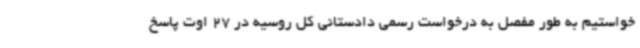
خواستیم به طور مفصل به درخواست رسمی دادستانی کل روسیه در 27 اوت پاسخ